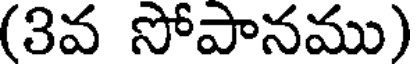
(3వ సోపానము)